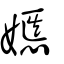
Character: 嫕